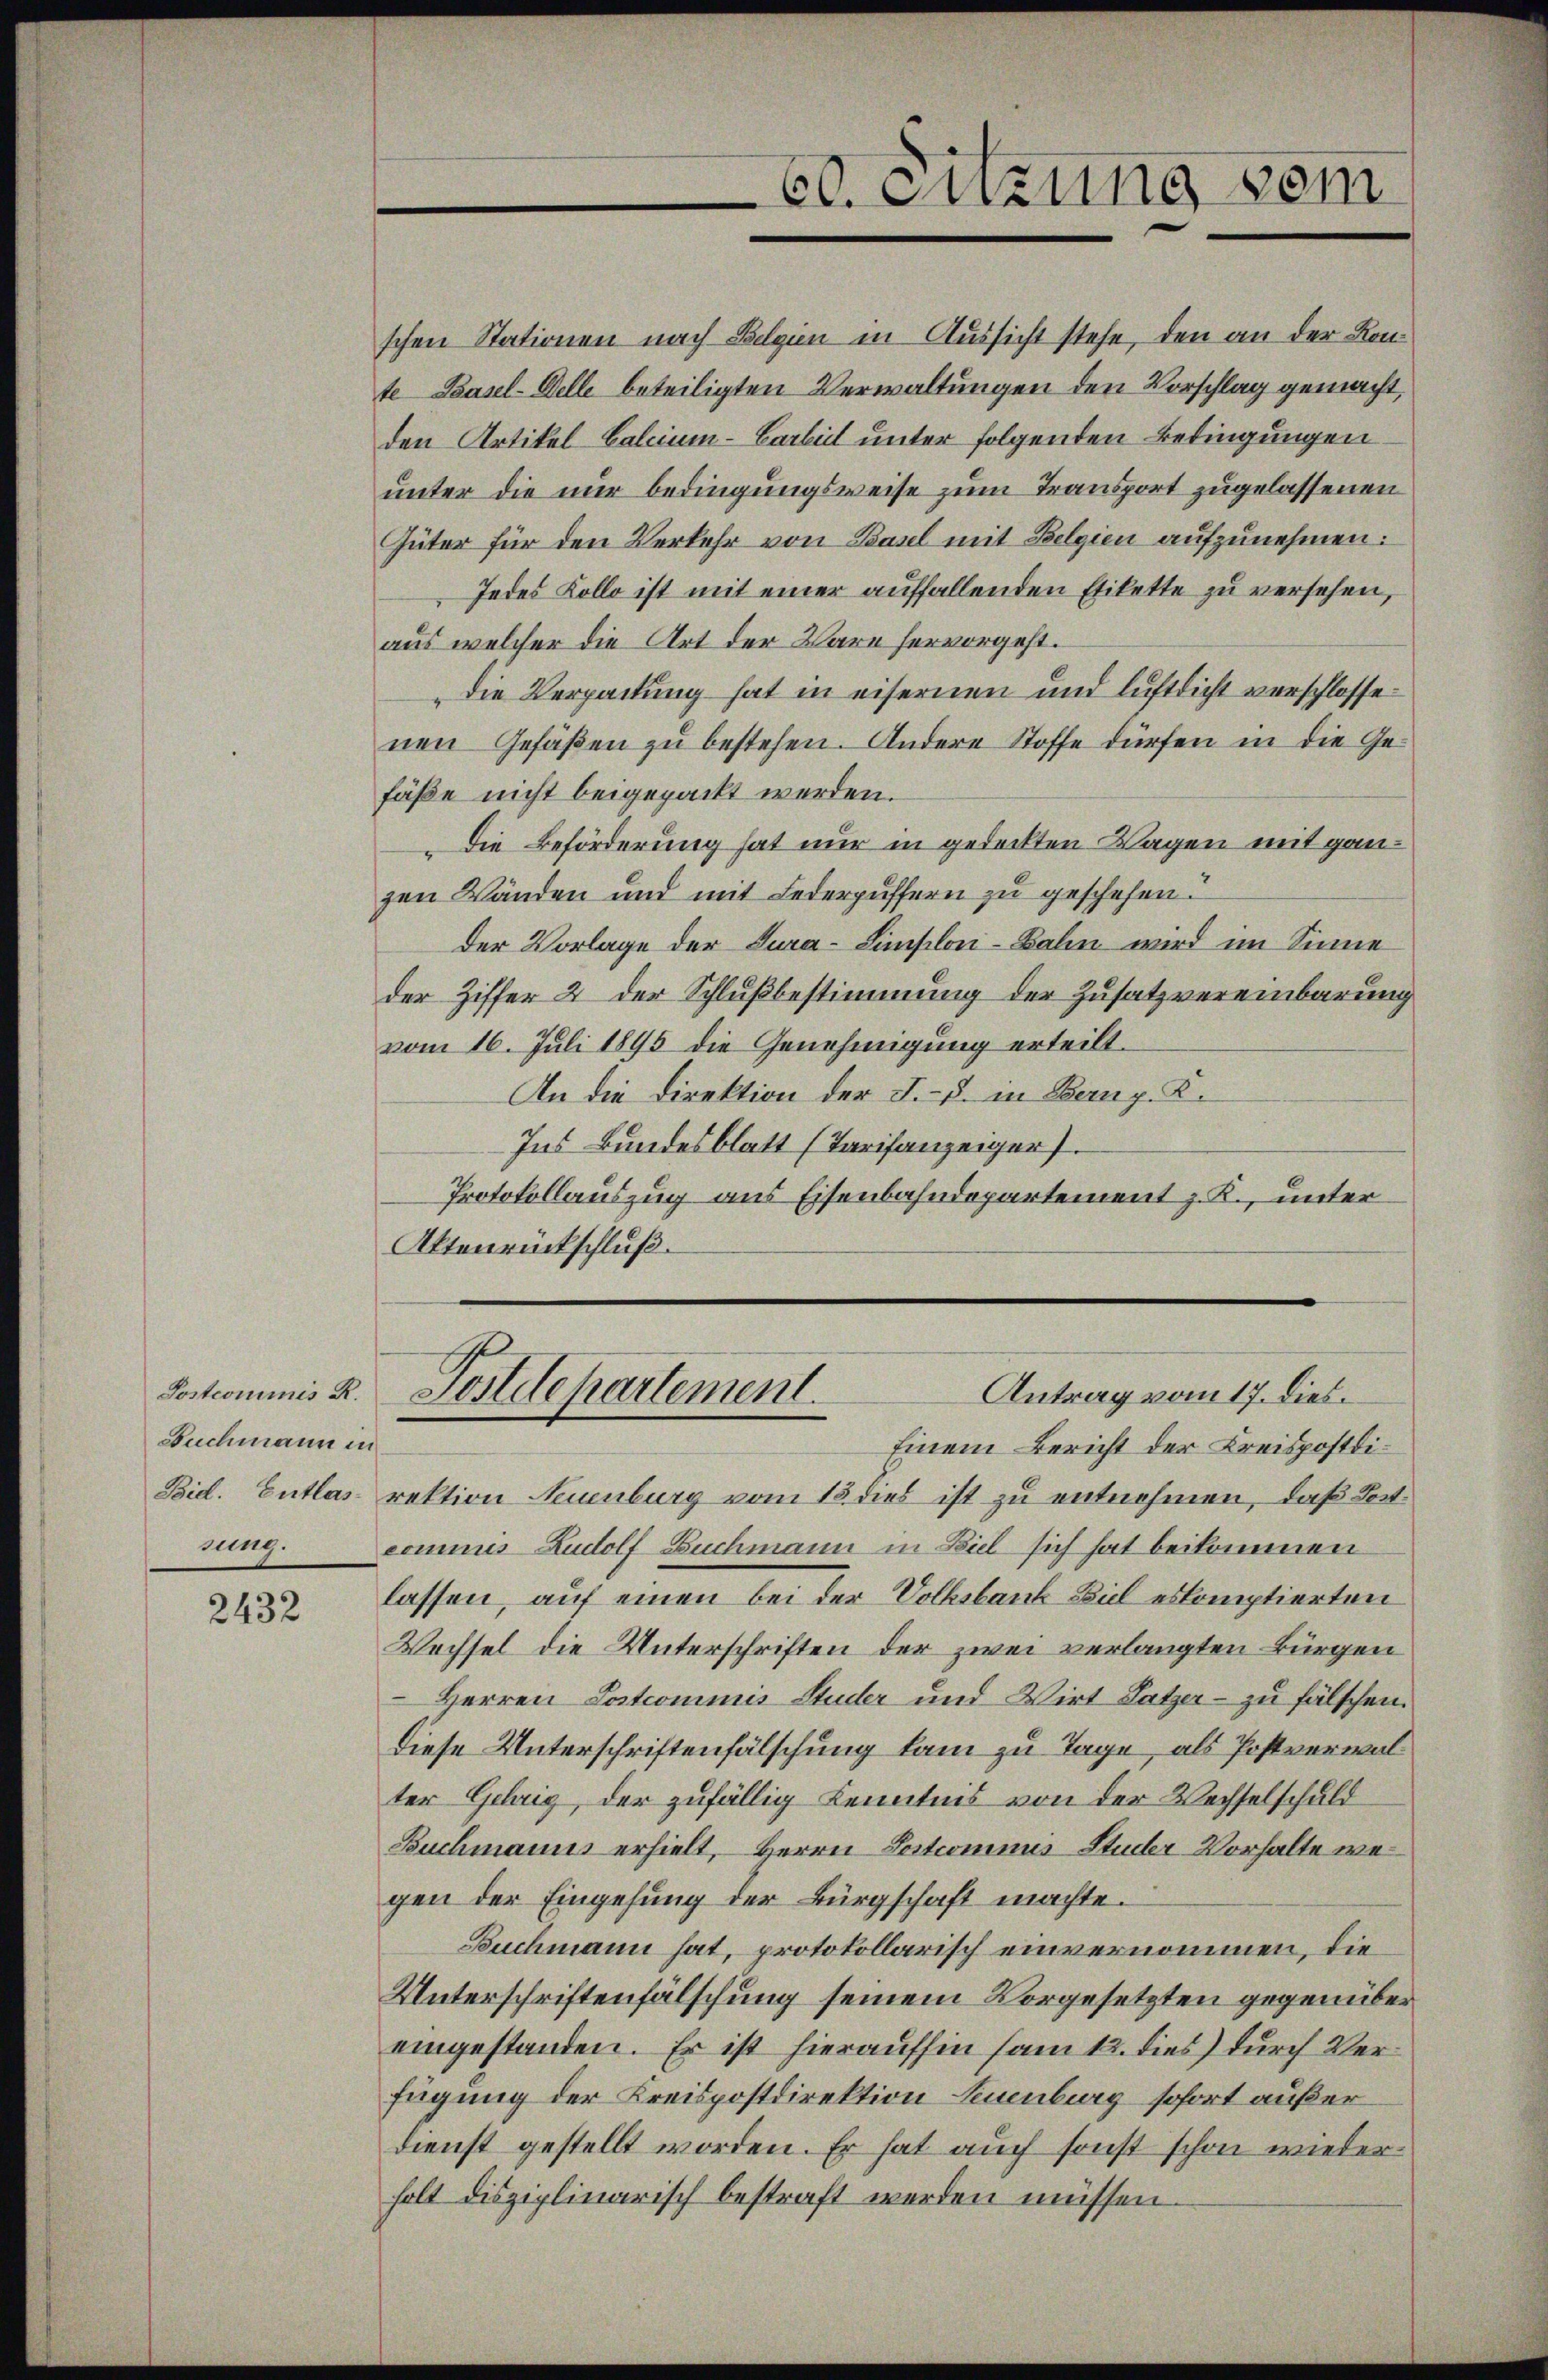
Buchmann in
nung.

2432

60. Einzung vom

schen Stationen nach Belgien in Aussicht stehe, den an der Konte Basel-Delle beteiligten Verwaltungen den Vorschlag gemacht,
den Artikel Calcium-Barbeit unter folgenden Bedingungen
unter die nur bedingungsweise zum Transport zugelassenen
Güter für den Verkehr von Basel mit Belgien aufzunehmen:
Jedes Kollo ist mit einer auffallenden Etikette zu versehen,
aus welcher die Art der Ware hervorgeht.
die Verpackung hat in eisernen und luftlicht verschlossenen Gefäßen zu bestehen. Andere Stoffe dürfen in die Ge-
fäße nicht beigepackt werden.
die Beförderung hat nur in gedeckten Wagen mit ganzen Wänden und mit Lederpüffern zu geschehen.
der Vorlage der Jura-Simplon-Bahn wird im Sinne
der Ziffer 2 der Schlußbestimmung der Zusatzvereinbarung
vom 16. Juli 1895 die Genehmigung erteilt.
An die Direktion der I. - 5. in Bernp. K.
Ins Bundesblatt (Tarifanzeiger
Protokollauszug aus Eisenbahndepartement z. K., unter
Aktenrückschluß

Postcommis R. Postdepartement.
Antrag vom 17. dies.

Einem Bericht der Kreispostdi¬
Bid. Entlas- rektion Neuenburg vom 15. dies ist zu entnehmen, daß Lotcommis Rudolf Buchmann in Biel sich hat beikommen
lassen, auf einen bei der Volksbank Ziel erkomptierten
Wechsel die Unterschriften der zwei verlangten Bürgen
Herren Postcommis Studer und Wirt Satzer zu fälschen.
Diese Unterschriftenfälschung kam zu Tage, als Postverwalter Gehrig, der zufällig Kenntnis von der Wechselschuld
Buchmanns erhielt, Herrn Postcommis Studer Vorhalte wegen der Eingehung der Bürgschaft machte.
Buchmann hat, protokollarisch einvernommen, die
Unterschriftenfälschung seinem Vorgesetzten gegenüber
eingestanden. Er ist hieraufhin am 12. dies) durch Verfügung der Kreispostdirektion Neuenburg sofort außer
dienst gestellt worden. Er hat auch sonst schon wieder
holt disziplinarisch bestraft werden müssen.